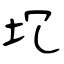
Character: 坈